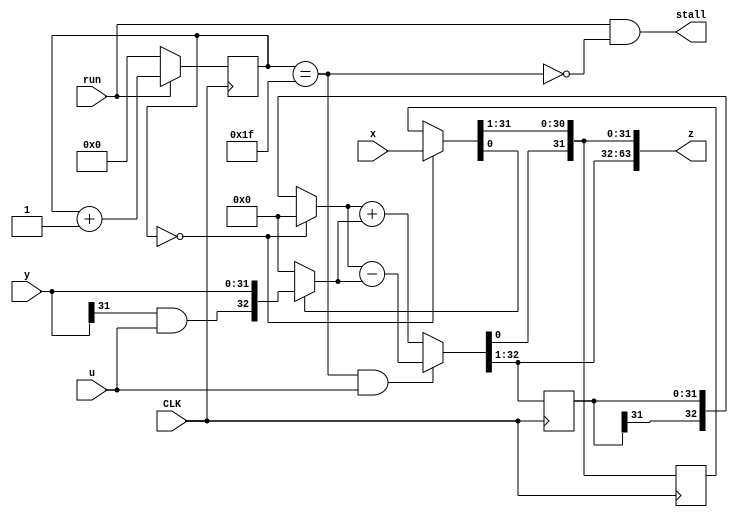
`timescale 1ns / 1ps  // NW 3.12.2010

module Multiplier(
  input CLK, run, u,
  output stall,
  input [31:0] x, y,
  output [63:0] z);

reg [4:0] S;    // state
reg [31:0] B, A;  // high and low parts of partial product
wire [32:0] b0, b00, b01;
wire [31:0] b1, a0, a1;

assign stall = run & ~(S == 31);
assign b00 = (S == 0) ? 0 : {B[31], B};
assign b01 = a0[0] ? {y[31] & u, y} : 0;
assign b0 = ((S == 31) & u) ? b00 - b01 : b00 + b01;
assign b1 = b0[32:1];
assign a0 = (S == 0) ? x : A;
assign a1 = {b0[0], a0[31:1]};
assign z = {b1, a1};

always @ (posedge(CLK)) begin
  B <= b1; A <= a1;
  S <= run ? S+1 : 0;
end

endmodule